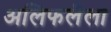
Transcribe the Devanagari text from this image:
अलिफलैला